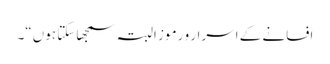
افسانے کے اسرار و رموز البتہ سمجھا سکتا ہوں“۔